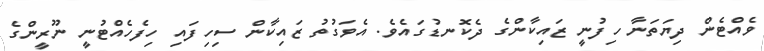
ވެއްޓެން ދިޔަތަނާ ހިފުނީ ޒައިކާންގެ ދެކޮނޑުގައެވެ. އެވަގުތު ޒައިކާން ސިހިފައި ހިފެހެއްޓުނީ ނޫރީންގެ